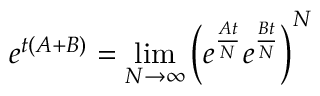
e ^ { t ( A + B ) } = \operatorname* { l i m } _ { { N \to \infty } } \left( e ^ { \frac { A t } { N } } e ^ { \frac { B t } { N } } \right) ^ { N }